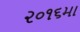
૨૦૧૬મા